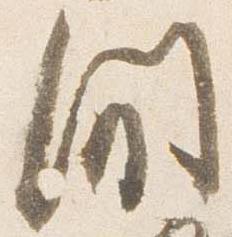
間